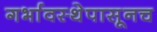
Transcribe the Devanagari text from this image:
गर्भावस्थेपासूनच